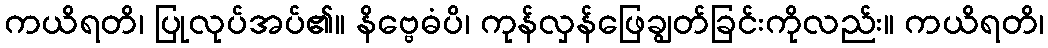
ကယိရတိ၊ ပြုလုပ်အပ်၏။ နိဗ္ဗေဓံပိ၊ ကုန်လှန်ဖြေချွတ်ခြင်းကိုလည်း။ ကယိရတိ၊